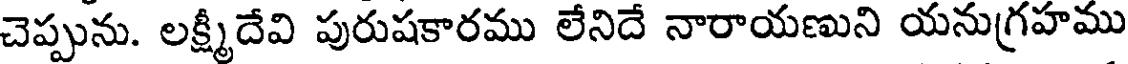
చెప్పును. లక్ష్మీదేవి పురుషకారము లేనిదే నారాయణుని యనుగ్రహము